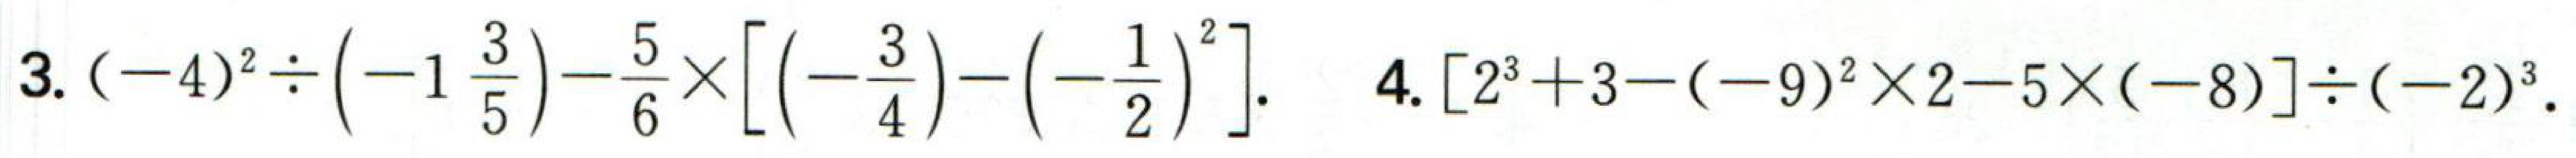
3. \((-4)^{2}\div\left(-1\frac{3}{5}\right)-\frac{5}{6}\times\left[\left(-\frac{3}{4}\right)-\left(-\frac{1}{2}\right)^{2}\right]\).

4. \([2^{3}+3-(-9)^{2}\times2 - 5\times(-8)]\div(-2)^{3}\).